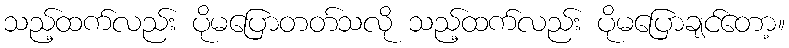
သည့်ထက်လည်း ပိုမပြောတတ်သလို သည့်ထက်လည်း ပိုမပြောချင်တော့။